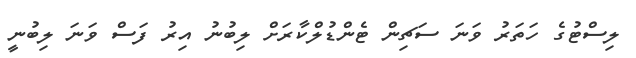
ލިސްޓުގެ ހަތަރު ވަނަ ސަޗިން ޓެންޑުލްކާރަށް ލިބުނު އިރު ފަސް ވަނަ ލިބުނީ